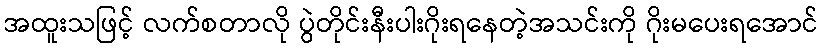
အထူးသဖြင့် လက်စတာလို ပွဲတိုင်းနီးပါးဂိုးရနေတဲ့အသင်းကို ဂိုးမပေးရအောင်